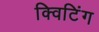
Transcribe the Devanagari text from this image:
क्विटिंग